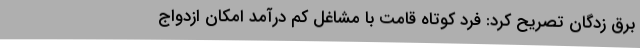
برق زدگان تصریح کرد: فرد کوتاه قامت با مشاغل کم درآمد امکان ازدواج